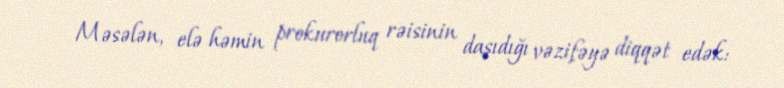
Məsələn, elə həmin prokurorluq rəisinin daşıdığı vəzifəyə diqqət edək: